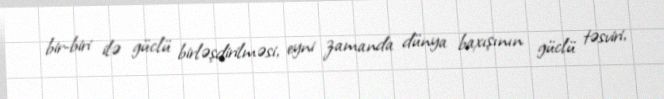
bir-biri ilə güclü birləşdirilməsi, eyni zamanda dünya baxışının güclü təsviri,